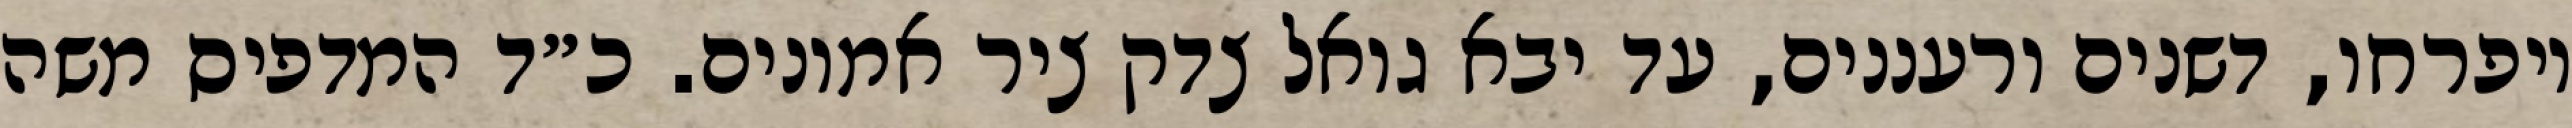
ויפרחו, דשנים ורעננים, עד יבא גואל צדק ציר אמונים. כ״ד המדפיס משה